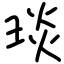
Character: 琰